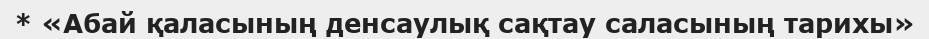
* «Абай қаласының денсаулық сақтау саласының тарихы»